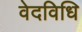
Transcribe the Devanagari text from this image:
वेदविधि